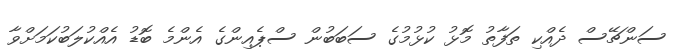
ސަންޗޭސް ދެއްކި ތަފާތު މޮޅު ކުޅުމުގެ ސަބަބުން ސްޕެއިންގެ އެންމެ ބޮޑު އެއްކުލަބުކަމަށްވާ